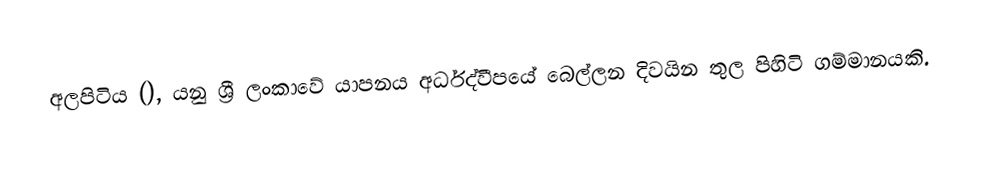
අලපිටිය (), යනු ශ්‍රී ලංකාවේ යාපනය අර්ධද්වීපයේ බෙල්ලන දිවයින තුල පිහිටි ගම්මානයකි.